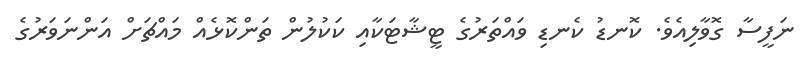
ނަފީސާ ގޮވާލިއެވެ. ކޮނޑު ކެނޑި ވައްތަރުގެ ޓީޝާޓަކާއި ކަކުލުން ތަންކޮޅެއް މައްޗަށް އަންނަވަރުގެ